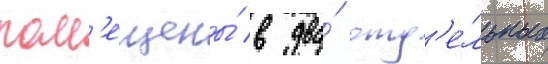
пом'ещены́ в два́ отд'е́льных